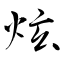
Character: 炫